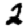
Digit: 2